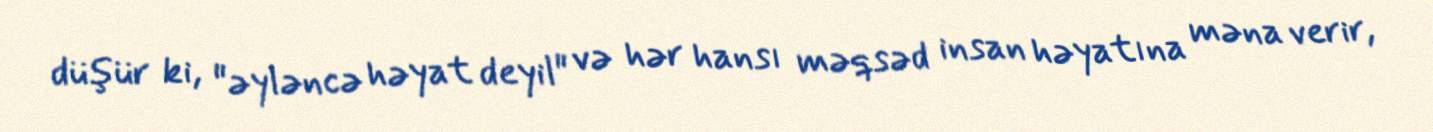
düşür ki, "əyləncə həyat deyil" və hər hansı məqsəd insan həyatına məna verir,